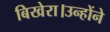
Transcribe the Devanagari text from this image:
बिखेरा।उन्होंने